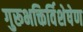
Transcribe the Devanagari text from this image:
गुरूभक्तिर्विशेषेण